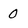
Character: 0